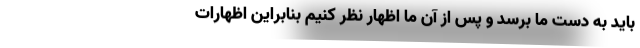
باید به دست ما برسد و پس از آن ما اظهار نظر کنیم بنابراین اظهارات